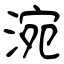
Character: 涴